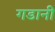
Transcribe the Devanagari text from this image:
गडानी